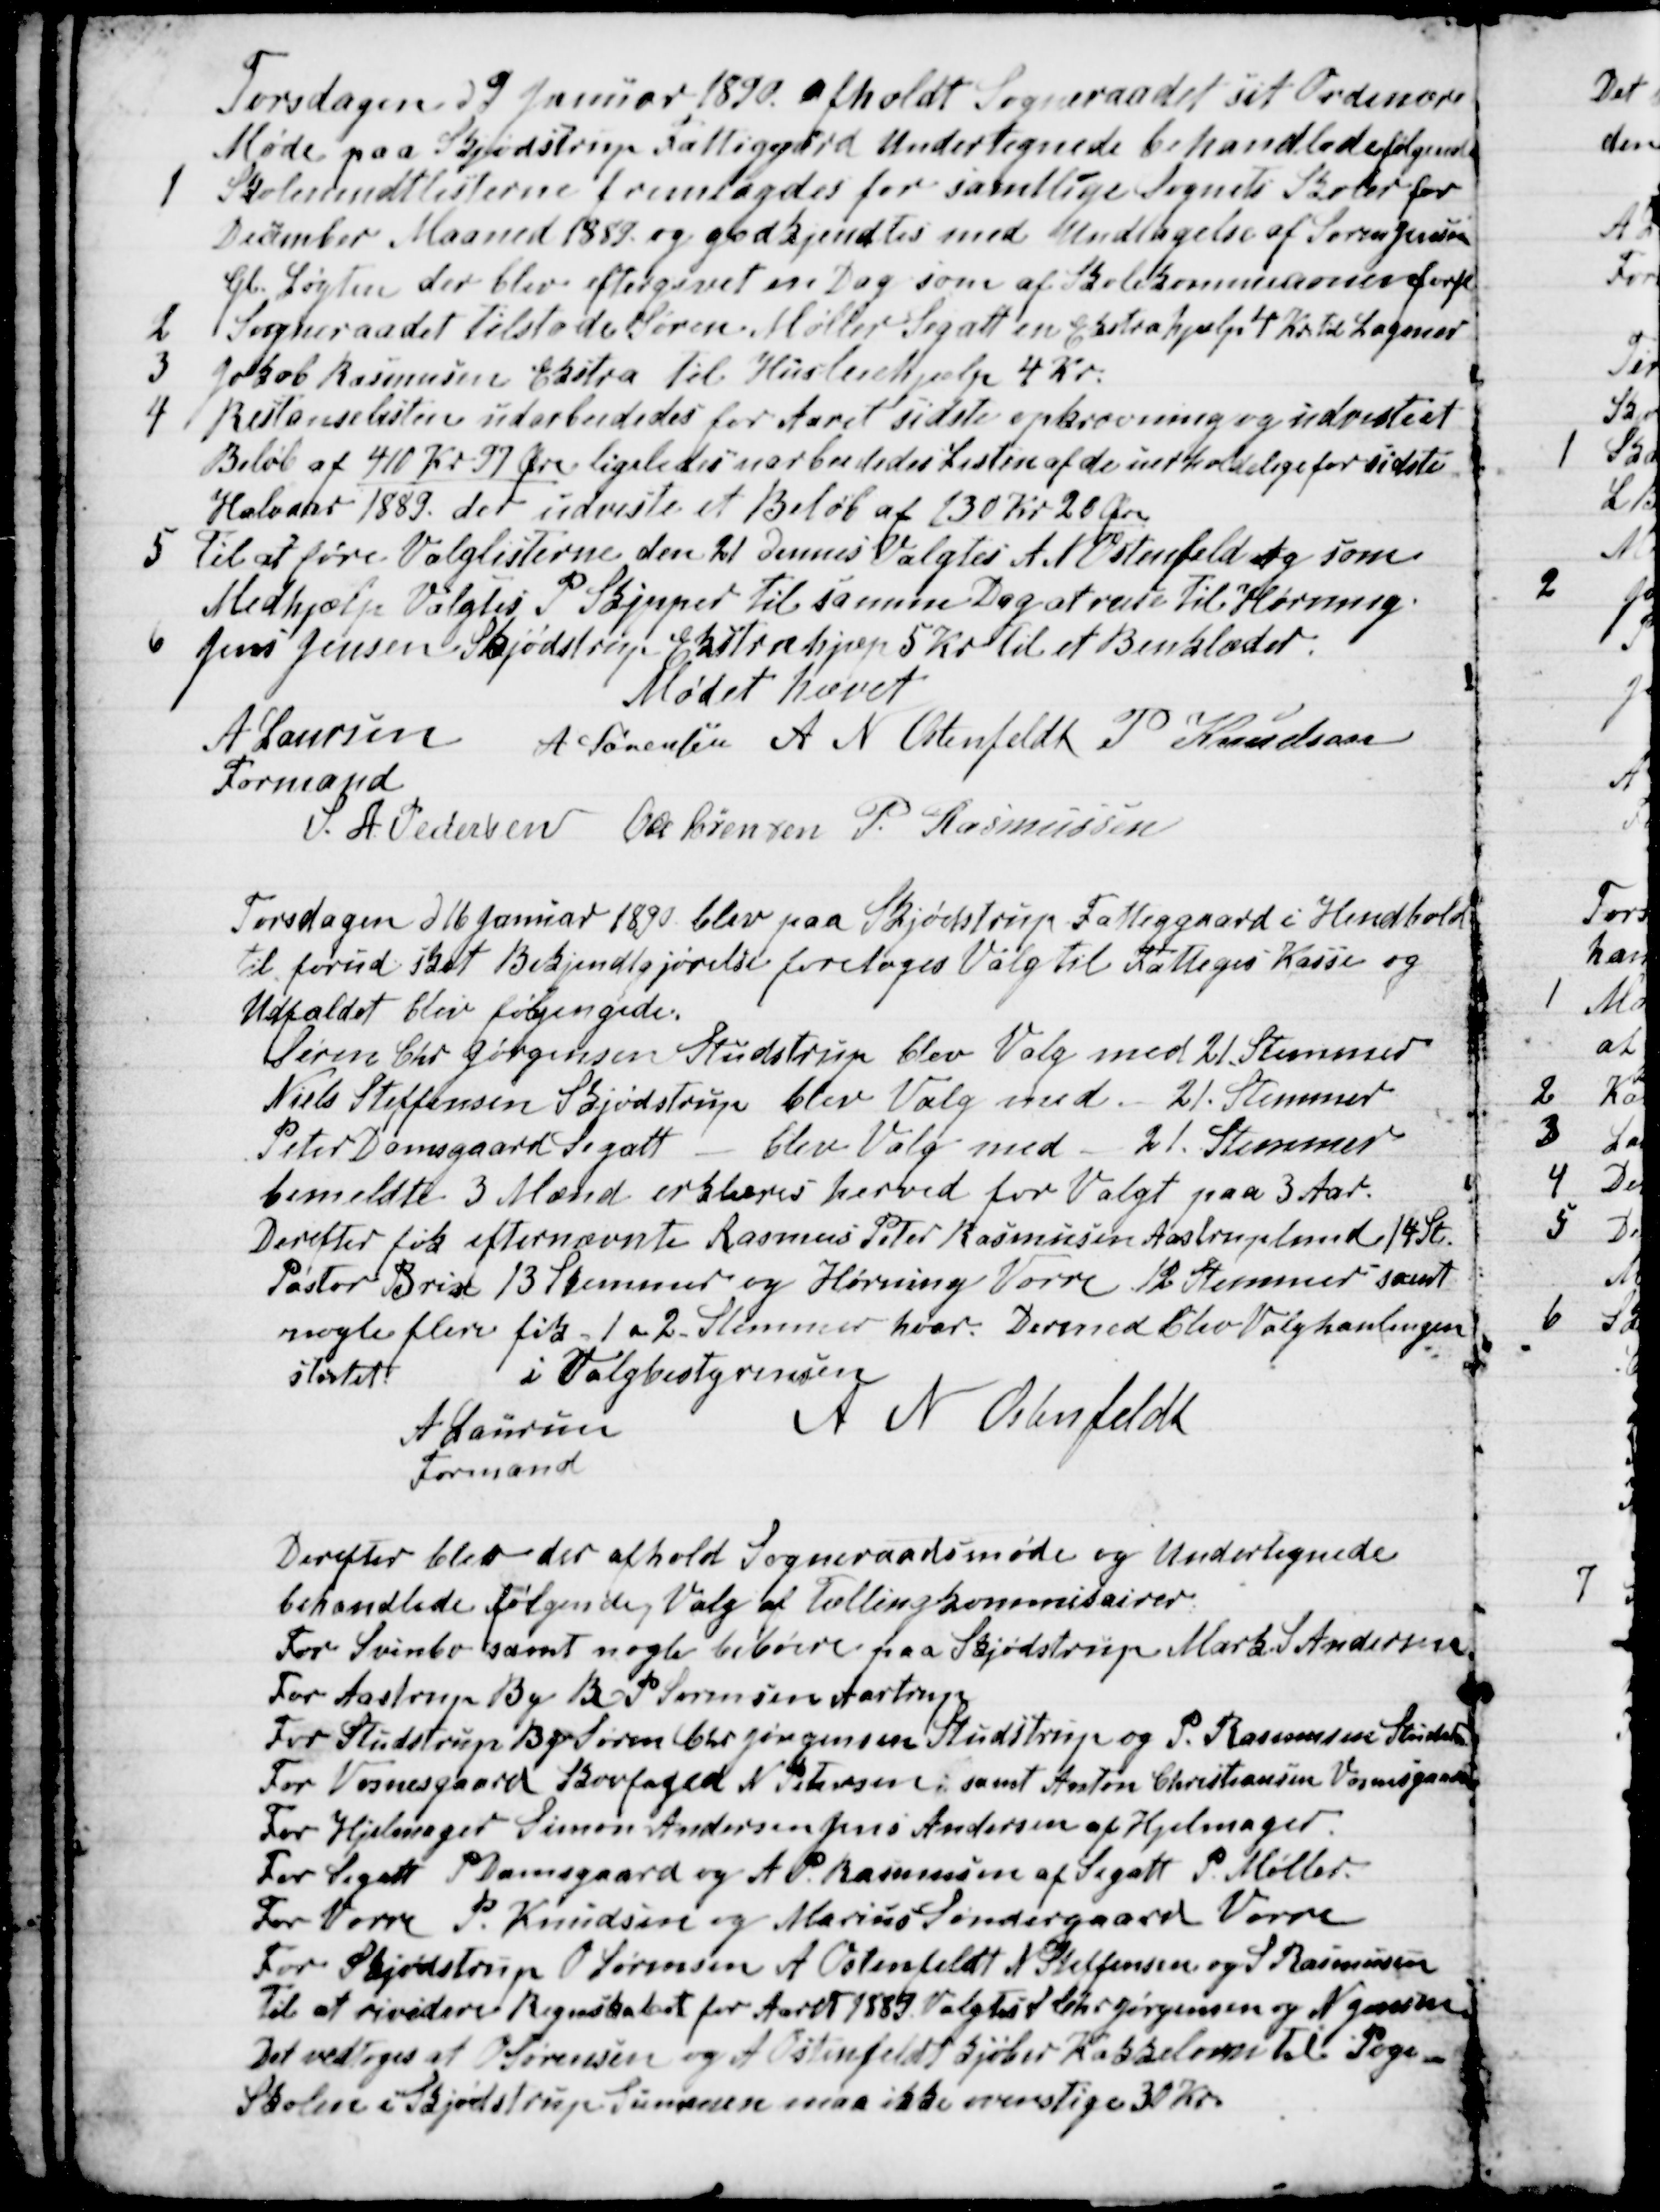
Transskription:
Torsdagen d 9 Januar 1890 afholdt Sogneraadet sit Ordinære
Møde paa Skjødstrup Fattiggård Undertegnede behandlede følgende
1
Skolemudtlisterne fremlagdes for samtlige Sognets Skoler for
December Maaned 1889 og godkjendtes med Undtagelse af Søren Jensen
Gl. Løgten der blev eftergivet en Dag som af Skolekommisionen forsl
2
Sogneraadet tilstode Søren Møller Segalt en Ekstrahjælp 4 Kr. til Lagener
3
Jakob Rasmussen Ekstra til Husleiehjælp 4 Kr.
4 Restanselisterne udarbeidedes for Aaret sidste opkrævning og udviste et
Beløb af 410 Kr 97 Øre ligeledes uarbeidedes Listen af de uerholdelige for sidste
Halvaar 1889. der udviste et Beløb af 130 Kr 20 Øre
5
Til at føre Valglisterne den 21 dennes Valgtes A N Ostenfeld og som
Medhjælp Valgtes P Skipper til samme Dag at rejse til Hørning.
6
Jens Jensen Skjødstrup Ekstrahjæp 5 Kr til et Benklæder.
Mødet hævet
A Laursen
Formand
A Sørensen A N Ostenfeldt P Knudsen
S. A. Pedersen Ole Sørensen P. Rasmussen
Torsdagen d 16 Januar 1890 blev paa Skjødstrup Fattiggaard i Hendhold
til forud sket Bekjendtgjørelse foretoges Valg til Fattiges Kasse og
Udfaldet blev følgengede.
Søren Chr Jørgensen Studstrup blev Valg med 21 Stemmer
Niels Steffensen Skjødstrup blev Valg med - 21. Stemmer
Peter Damsgaard Segalt - blev Valg med - 21. Stemmer
bemeldte 3 Mænd erklæres herved for Valgt paa 3 Aar.
Derefter fik efternævnte Rasmus Peter Rasmussen Aastruplund 14 St.
Pastor Brix 13 Stemmer og Hørning Vorre 12 Stemmer samt
nogle flere fik 1 a 2 Stemmer hver. Dermed blev Valghanlingen
startet
i Valgbestyrensen
A Laursen
Formand
A N Ostenfeldt
Derefter blev der afhold Sogneraadsmøde og Undertegnede
behandlede Følgende Valg af Tællingkommisairer.
For Svinbo samt nogle beboere paa Skjødstrup Mark. S. Andersen
For Aastrup By B. P. Sørensen Aastrup
For Studstrup By Søren Chr Jørgensen Studstrup og P. Rasmussen Studstrup
For Vosnesgaard Skovfoged N. Petersen, samt Anton Christiansen Vosnesgaard
For Hjelmager Simon Andersen Jens Andersen af Hjelmager.
For Segalt P Damsgaard og A. P. Rasmussen af Segalt P. Møller.
For Vorre P. Knudsen og Marius Søndergaard Vorre
For Skjødstrup O Sørensen A Ostenfeldt N Steffensen og S Rasmussen
til at revidere Regnskabet for Aaret 1889. Valgtes S Chr Jørgensen og N Jensen
Det vedtoges at O Sørensen og A Ostenfeldt kjøber Kakkelovn til Poge-
Skolen i Skjødstrup Summen maa ikke overstige 30 Kr.